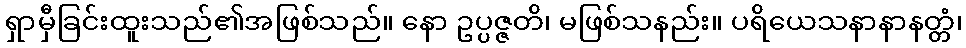
ရှာမှီခြင်းထူးသည်၏အဖြစ်သည်။ နော ဥပ္ပဇ္ဇတိ၊ မဖြစ်သနည်း။ ပရိယေသနာနာနတ္တံ၊